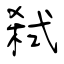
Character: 弑